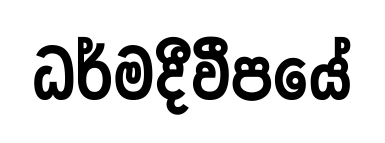
ධර්මදීවීපයේ